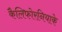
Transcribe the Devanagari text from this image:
कैलिफोरनियाके